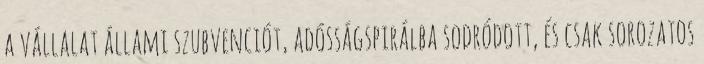
a vállalat állami szubvenciót, adósságspirálba sodródott, és csak sorozatos